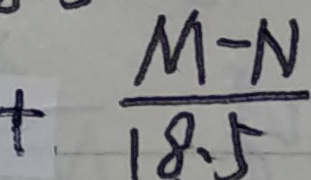
+ \frac { M - N } { 1 8 . 5 }